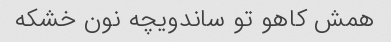
همش کاهو تو ساندویچه نون خشکه